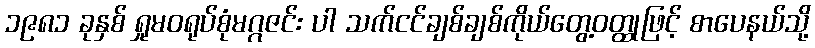
၁၉၈၁ ခုနှစ် ရှုမဝရုပ်စုံမဂ္ဂဇင်း ပါ သက်ငင်ချစ်ချစ်ကိုယ်တွေ့ဝတ္ထုဖြင့် စာပေနယ်သို့